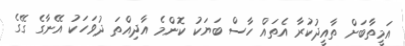
އަމީތާބަށް ތާއީދުކުރާ އެތައް ހާސް ބަޔަކު ކޮންމެ އާދިއްތަ ދުވަހަކު އޭނާގެ ގޭގެ